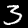
Digit: 3